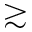
\gtrsim